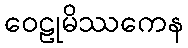
ဝေဠုမိဿကေန